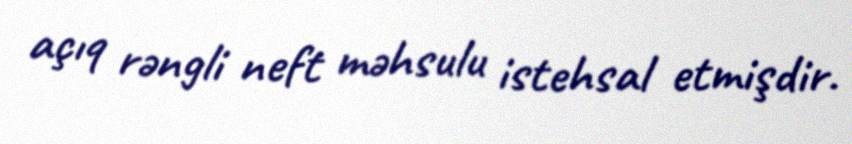
açıq rəngli neft məhsulu istehsal etmişdir.